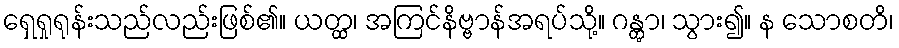
ရှေရှုရုန်းသည်လည်းဖြစ်၏။ ယတ္ထ၊ အကြင်နိဗ္ဗာန်အရပ်သို့။ ဂန္တွာ၊ သွား၍။ န သောစတိ၊